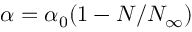
\alpha = \alpha _ { 0 } ( 1 - N / N _ { \infty } )